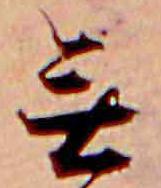
無